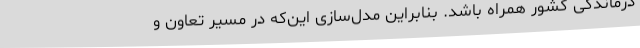
درماندگی کشور همراه باشد. بنابراین مدل‌سازی این‌که در مسیر تعاون و